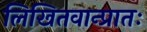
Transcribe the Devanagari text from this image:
लिखितवान्प्रातः